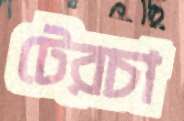
টেরচা